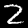
Label: 2